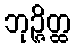
ဘုဉ္ဇိတ္ထ